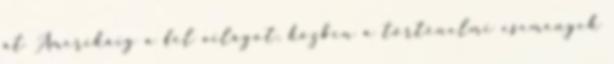
át Amerikáig a fél világot, közben a történelmi események